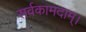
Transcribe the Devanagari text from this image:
सर्वकामदाम्‌।